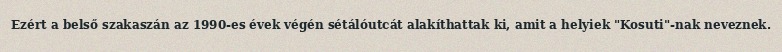
Ezért a belső szakaszán az 1990-es évek végén sétálóutcát alakíthattak ki, amit a helyiek "Kosuti"-nak neveznek.